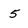
Character: 5